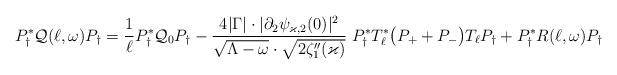
LaTeX: \begin{align*} P_{\dagger }^* \mathcal Q(\ell, \omega) P_{\dagger} &= \frac1\ell P_{\dagger}^* \mathcal Q_0 P_{\dagger} - \frac{4 | \Gamma| \cdot |\partial_2 \psi_{\varkappa, 2} (0)|^2}{\sqrt{\Lambda -\omega}\cdot \sqrt{2 \zeta_1 ''(\varkappa) }} \; P_{\dagger}^* T_\ell^* \bigr( P_+ + P_- \bigr) T_\ell P_{\dagger} + P_{\dagger}^* R(\ell,\omega) P_\dagger \end{align*}